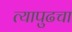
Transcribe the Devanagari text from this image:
त्यापुढचा